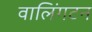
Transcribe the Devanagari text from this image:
वालिंगटन